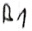
Text: A1